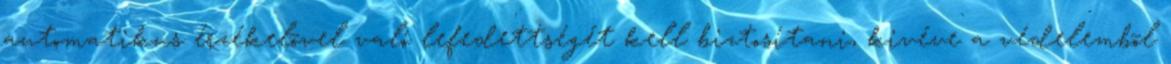
automatikus érzékelõvel való lefedettségét kell biztosítani, kivéve a védelembõl